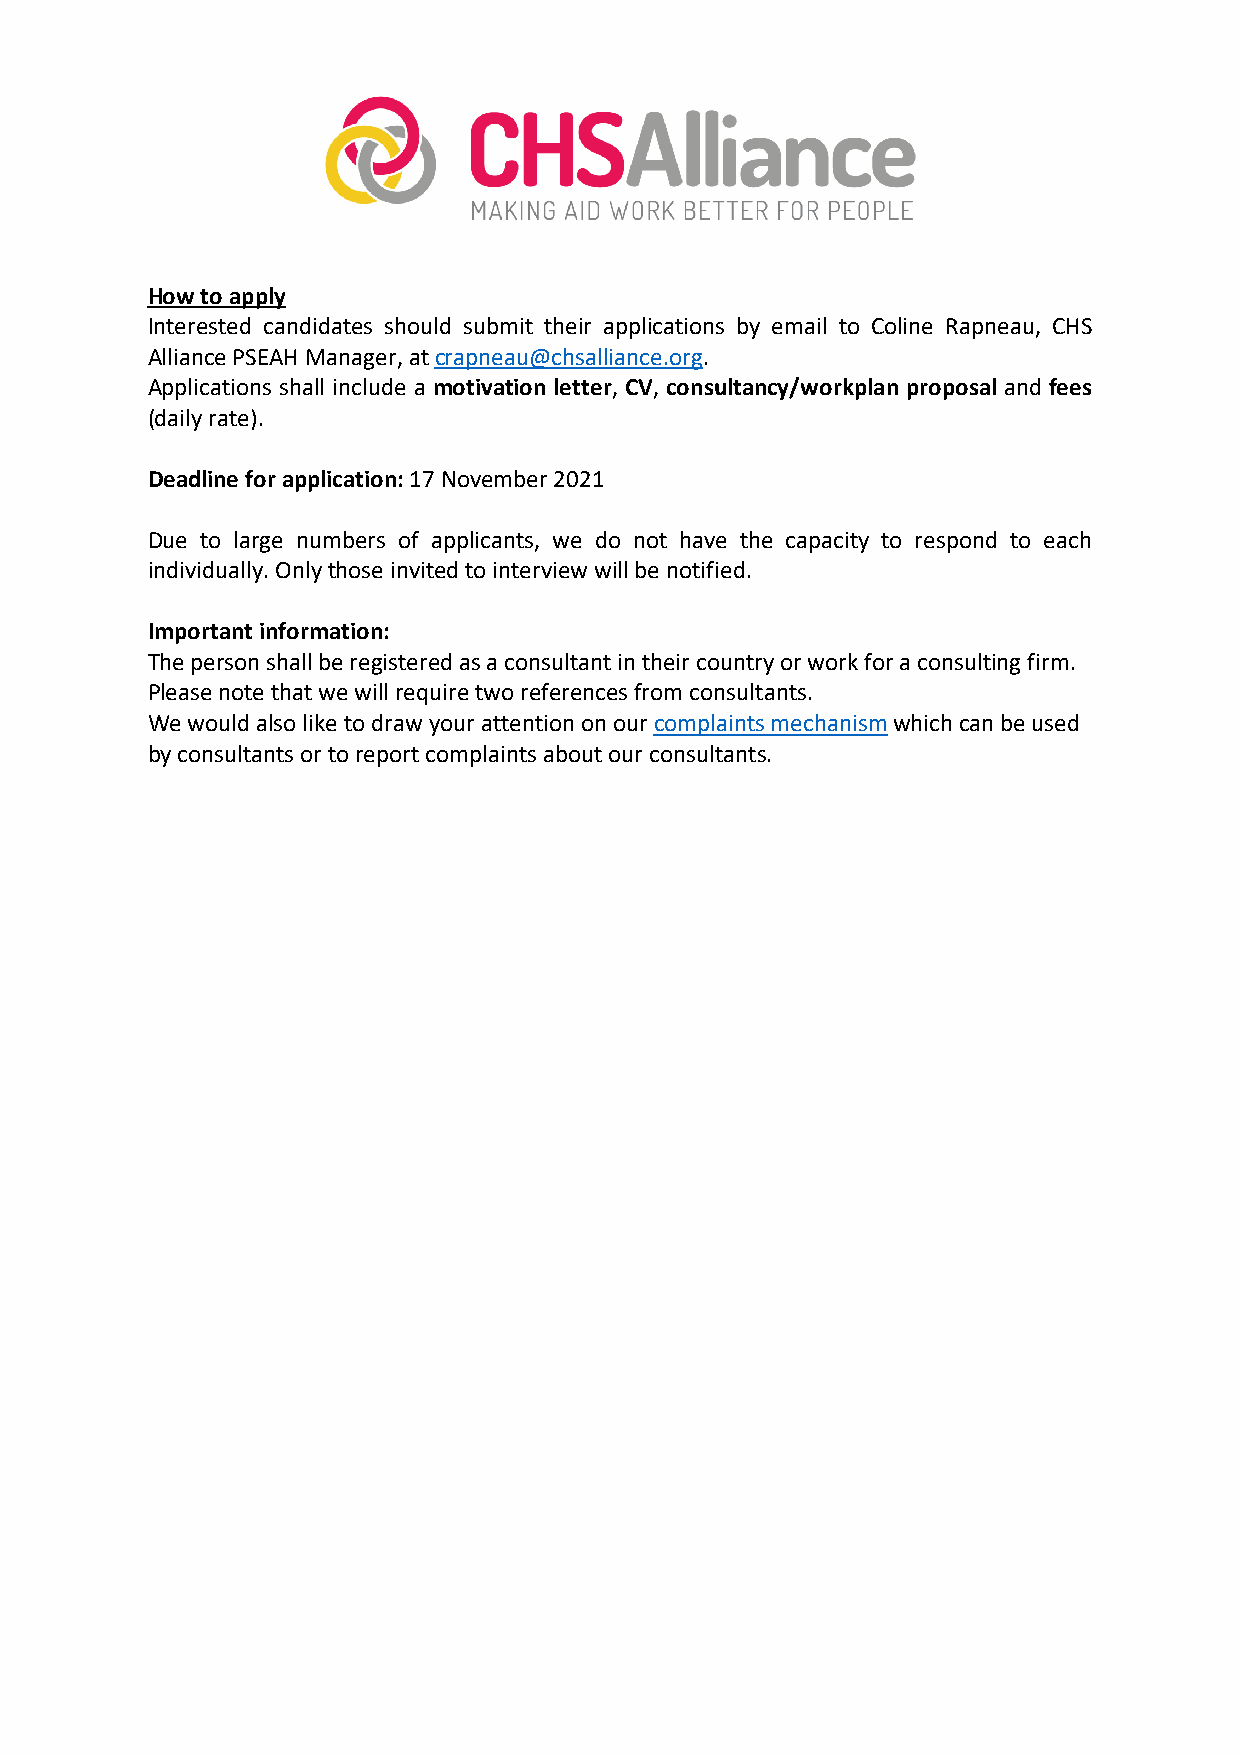
How to apply
 Interested candidates should submit their applications by email to Coline Rapneau, CHS
 Alliance PSEAH Manager, at crapneau@chsalliance.org.
 Applications shall include a motivation letter, CV, consultancy/workplan proposal and fees
 (daily rate).
 Deadline for application: 17 November 2021
 Due to large numbers of applicants, we do not have the capacity to respond to each
 individually. Only those invited to interview will be notified.
 Important information:
 The person shall be registered as a consultant in their country or work for a consulting firm.
 Please note that we will require two references from consultants.
 We would also like to draw your attention on our complaints mechanism which can be used
 by consultants or to report complaints about our consultants.